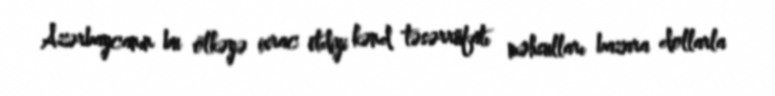
Azərbaycanın bu ölkəyə ixrac etdiyi kənd təsərrüfatı məhsulları bazara dollarla